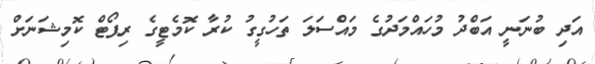
އަދި ބުނަނީ އަބްދު މުހައްމަދުގެ މައްސަލަ ތަހުގީގު ކުރާ ކޮމެޓީގެ ރިޕޯޓް ކޮމިޝަނަށް